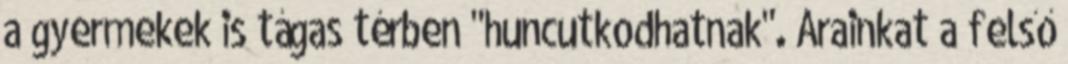
a gyermekek is tágas térben "huncutkodhatnak". Árainkat a felső